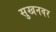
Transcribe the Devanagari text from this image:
सुखनवर